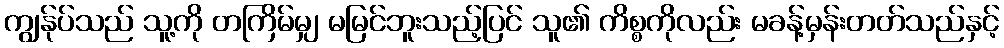
ကျွန်ုပ်သည် သူ့ကို တကြိမ်မျှ မမြင်ဘူးသည့်ပြင် သူ၏ ကိစ္စကိုလည်း မခန့်မှန်းတတ်သည်နှင့်